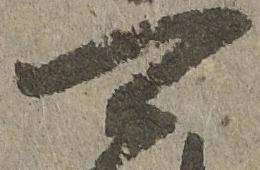
可